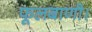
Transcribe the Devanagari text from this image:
फूलबाणी।